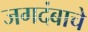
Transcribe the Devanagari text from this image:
जगदंबाचे